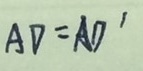
A D = A D ^ { \prime }